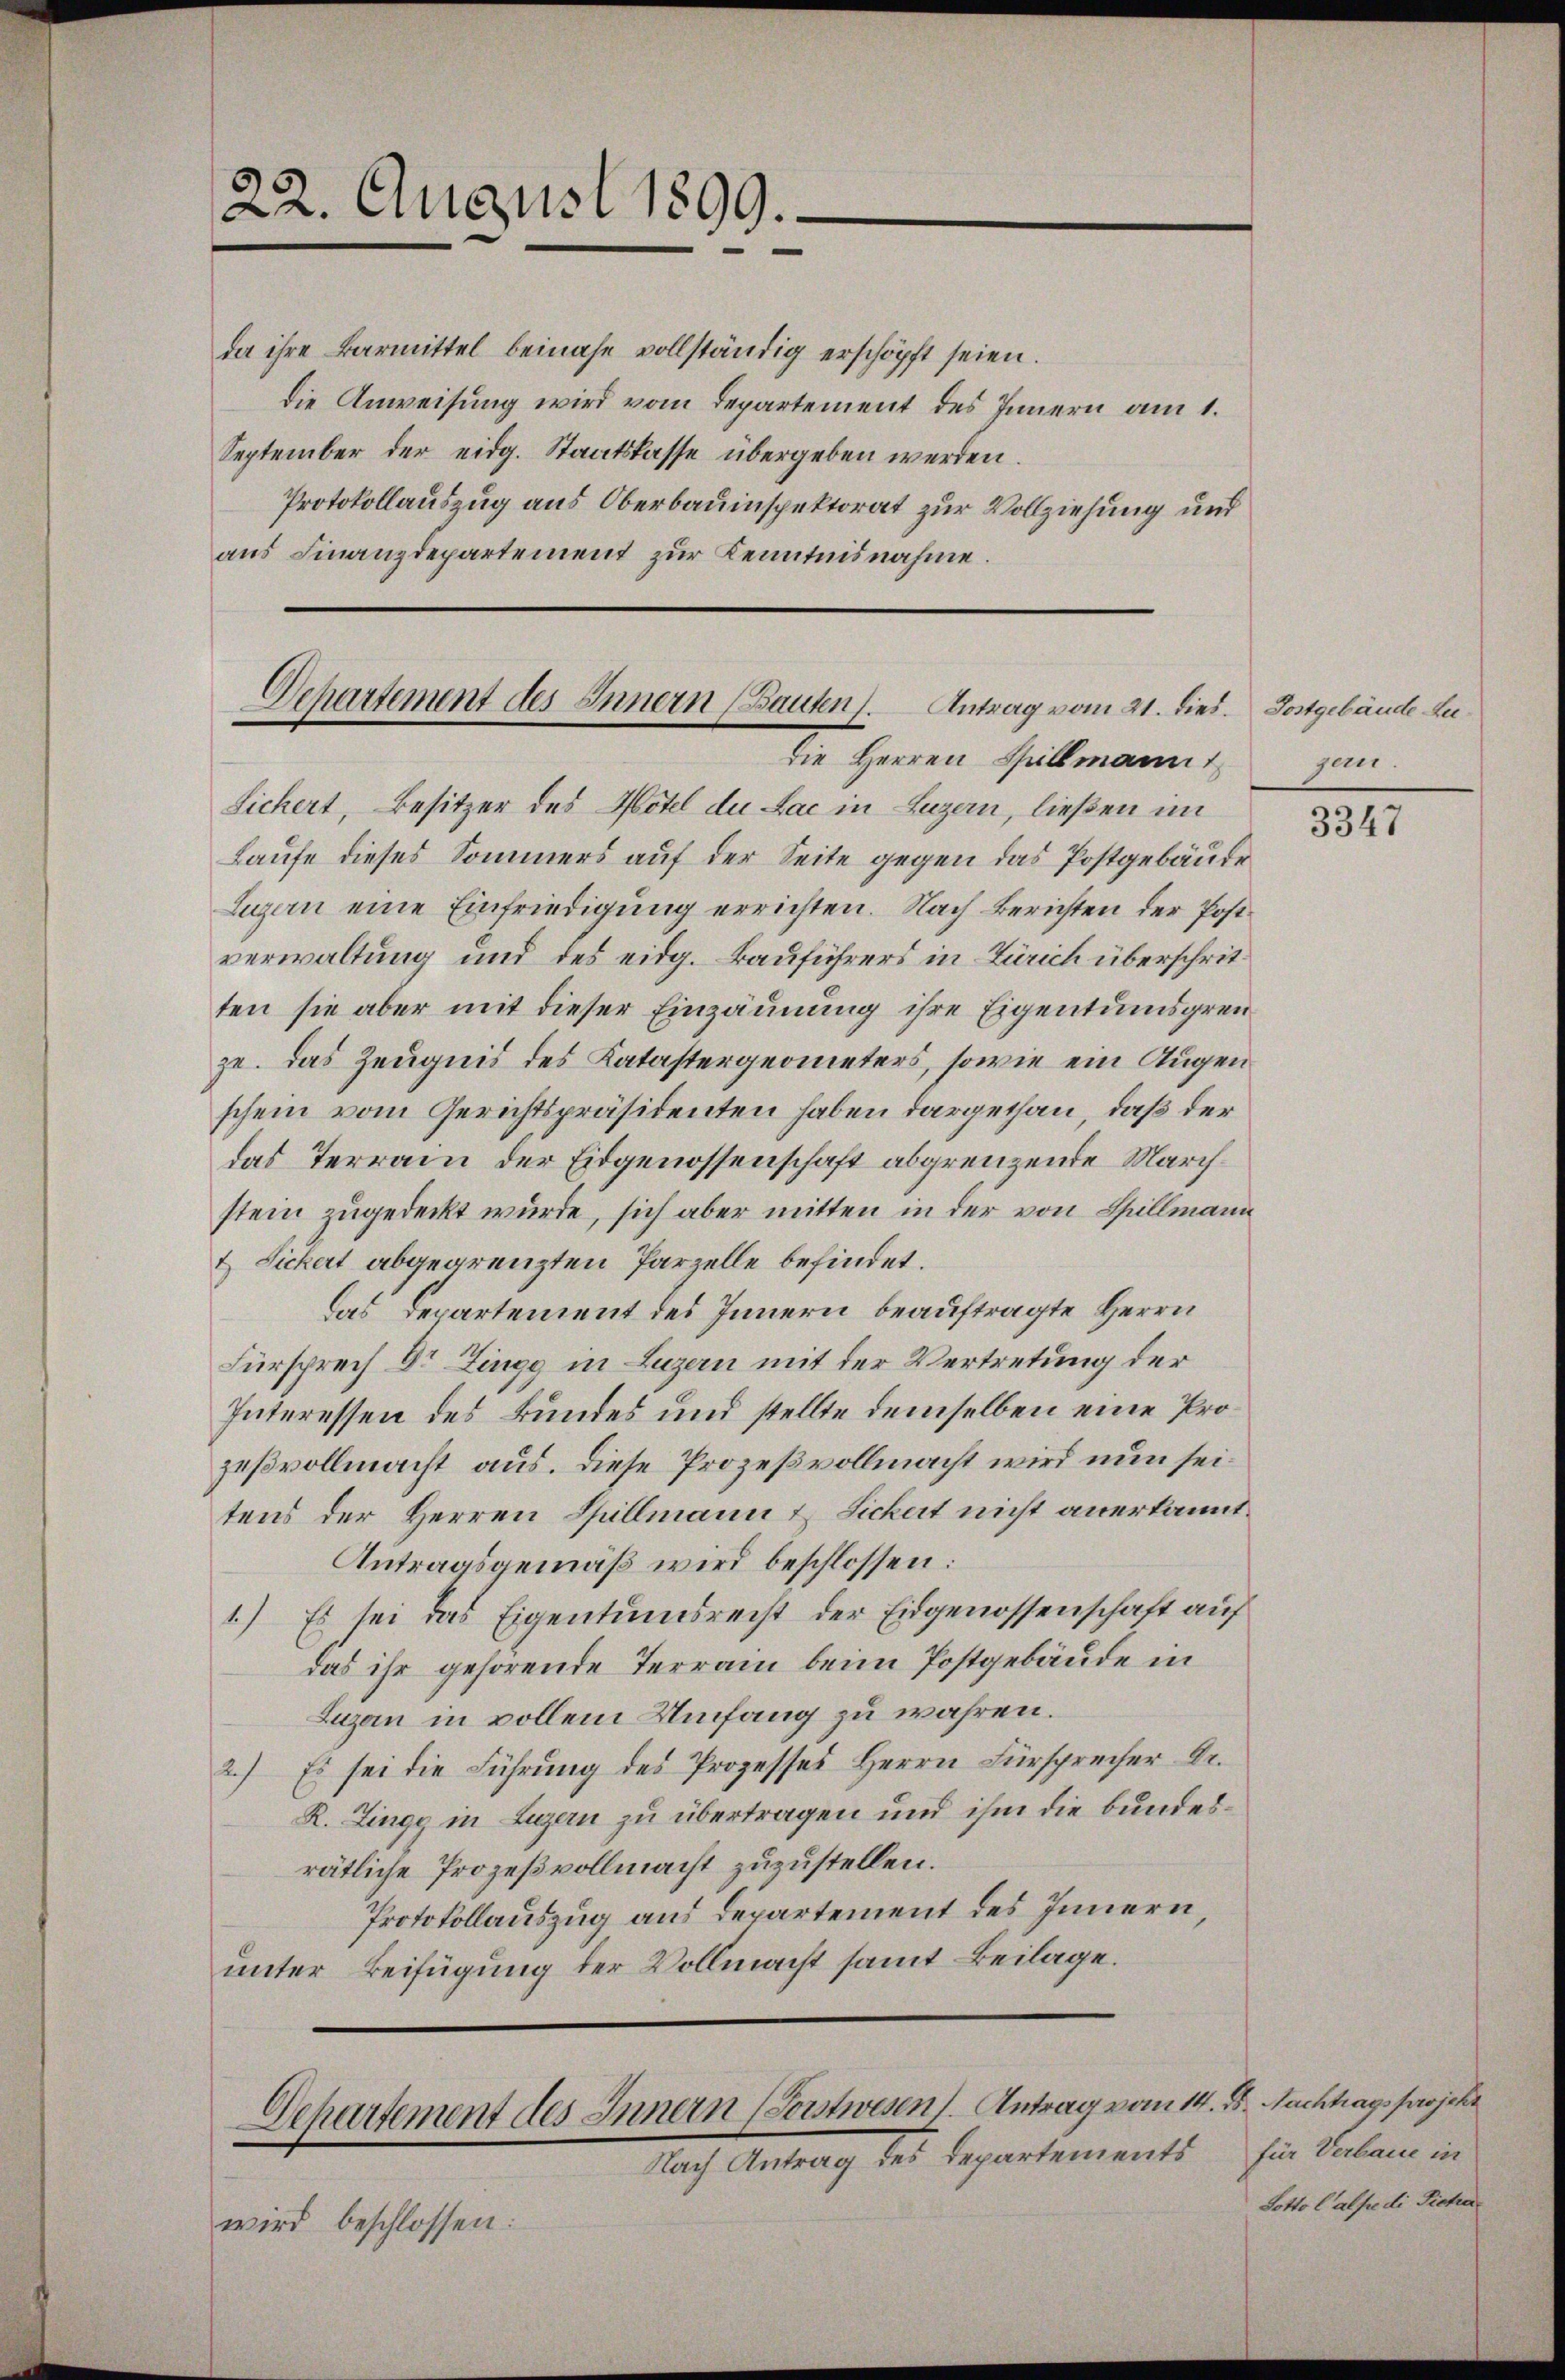
da ihre Barmittel beinahe vollständig erschöpft seien.
die Anweisung wird vom Departement des Innern am 1.
September der eidg. Staatskasse übergeben werden.
Protokollauszug aus Oberbauinspektorat zur Vollziehung und
aus Finanzdepartement zur Kenntnisnahme.

22. August 1899.

Departement des Innern (Bauten). Antrag vom 21. dies.
die Herren Spillmann

wird beschlossen:

Separtement des Innern (Sonstwesen. Antrag vom 14. d. Nachtrags projekt
t
Nach Antrag des Departements

Sichert, Besitzer des Hotel du Lac in Luzern, ließen im
Laufe dieses Sommers auf der Seite gegen das Postgebäude
Lugen eine Einfriedigung errichten. Nach Berichten der Postverwaltung und des eidg. Bauführers in Zürich überschritten sie aber mit dieser Einzäunung ihre Eigentumsgrenze. Das Zeugnis des Katastergeometers, sowie ein Augen
schein vom Gerichtspräsidenten haben dargethan, daß der
das Terrain der Eidgenossenschaft abgrenzende Marchstein zugedeckt wurde, sich aber mitten in der von Spillmann
& Sichert abgegrenzten Parzelle befindet.
Das Departement des Innern beauftragte Herrn
Fürsprech Dr Zingg in Luzern mit der Vertretung der
Interessen des Bundes und stellte demselben eine Prozeßvollmacht aus. Diese Prozeßvollmacht wird nun seitens der Herren Spillmann & Sichert nicht anerkannt.
Antragsgemäß wird beschlossen:
1) Es sei das Eigentumsrecht der Eidgenossenschaft auf
das ihr gehörende Terrain beim Postgebäude in
Luzan in vollem Umfang zu währen.
2) Es sei die Führung des Prozesses Herrn Fürsprecher Dr.
R. Zingg in Luzern zu übertragen und ihm die bundesrätliche Prozeßvollmacht zuzustellen.
Protokollauszug aus Departement des Innern
unter Beifügung der Vollmacht samt Beilage.

Postgebäude Lugen.

3347

für Verbaue in
Potto Calfe di Picha